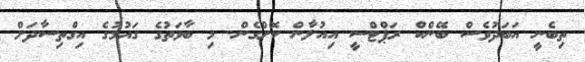
ތިބެނީ އަބަދުވެސް ބޭންކް ރަޕްޓްސީ އިއުލާން ކޮށްގެން. މި ބާވަތުގެ ގައުމުގެ އިގްތިސާދަށް